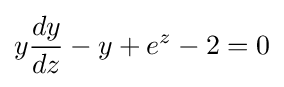
y{\frac {dy}{dz}}-y+e^{z}-2=0